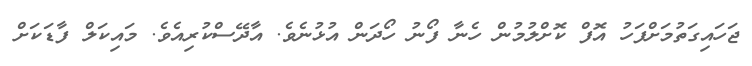
ޖަހައިގަތުމަށްފަހު އޮފް ކޮށްލުމުން ހެނާ ފޯނު ހޯދަން އުޅުނެވެ. އާދޭސްކުރިއެވެ. މައިކަލް ފާޑަކަށް